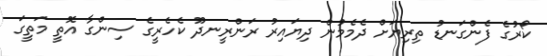
ކޯރުގެ ފެންގަނޑު ތިރިޔަށް ދެމެމުން ދިޔައިރު ރަންރީނދޫ ކެހެރީގެ ސިންގާ އޮތީ މަތީގަ